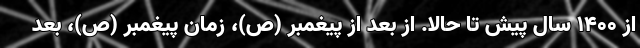
از ۱۴۰۰ سال پیش تا حالا. از بعد از پیغمبر (ص)، زمان پیغمبر (ص)، بعد